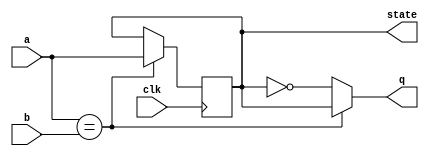
module top_module (
    input clk,
    input a,
    input b,
    output q,
    output reg state
);

always @(posedge clk)
    if (a == b) state <= a;
    else state <= state;
assign q = a == b ? state : ~state;

endmodule